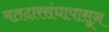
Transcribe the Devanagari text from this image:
मतदारसंघापासून